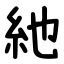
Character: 䊶